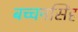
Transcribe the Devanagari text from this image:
बच्चनसिंह